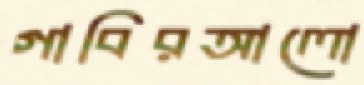
গাবিরআলো